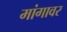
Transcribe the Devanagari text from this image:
मांगावर